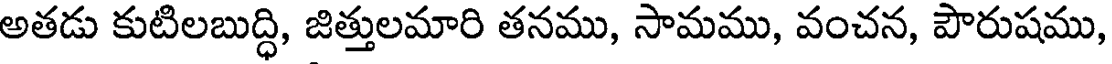
అతడు కుటిలబుద్ధి, జిత్తులమారి తనము, సామము, వంచన, పౌరుషము,